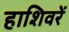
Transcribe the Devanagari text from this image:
हाशिवरें